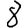
Digit: 8